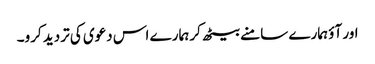
اور آؤ ہمارے سامنے بیٹھ کر ہمارے اس دعوی کی تردید کرو۔